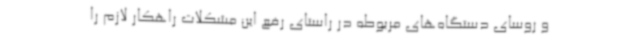
و روسای دستگاه‌های مربوطه در راستای رفع این مشکلات راهکار لازم را